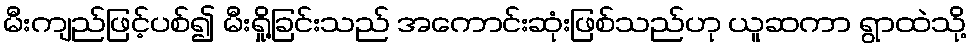
မီးကျည်ဖြင့်ပစ်၍ မီးရှို့ခြင်းသည် အကောင်းဆုံးဖြစ်သည်ဟု ယူဆကာ ရွာထဲသို့